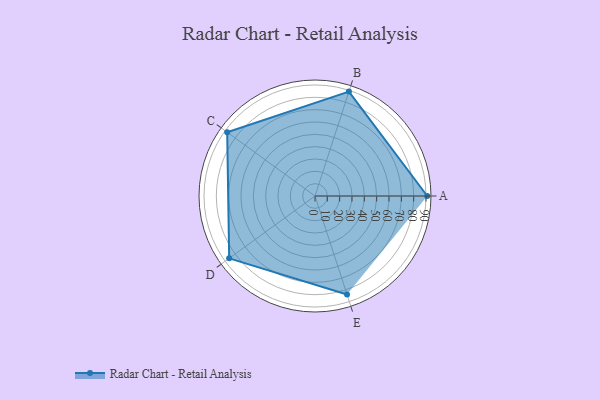
{"axis": {"x": "Skill", "y": "Score"}, "legend": ["Profile"], "data": [{"x": "A", "y": 91.0, "type": "Profile"}, {"x": "B", "y": 89.0, "type": "Profile"}, {"x": "C", "y": 88.0, "type": "Profile"}, {"x": "D", "y": 86.0, "type": "Profile"}, {"x": "E", "y": 84.0, "type": "Profile"}]}